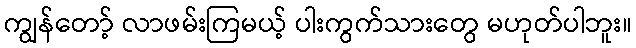
ကျွန်တော့် လာဖမ်းကြမယ့် ပါးကွက်သားတွေ မဟုတ်ပါဘူး။